Laidoner,_Johan, lk 137
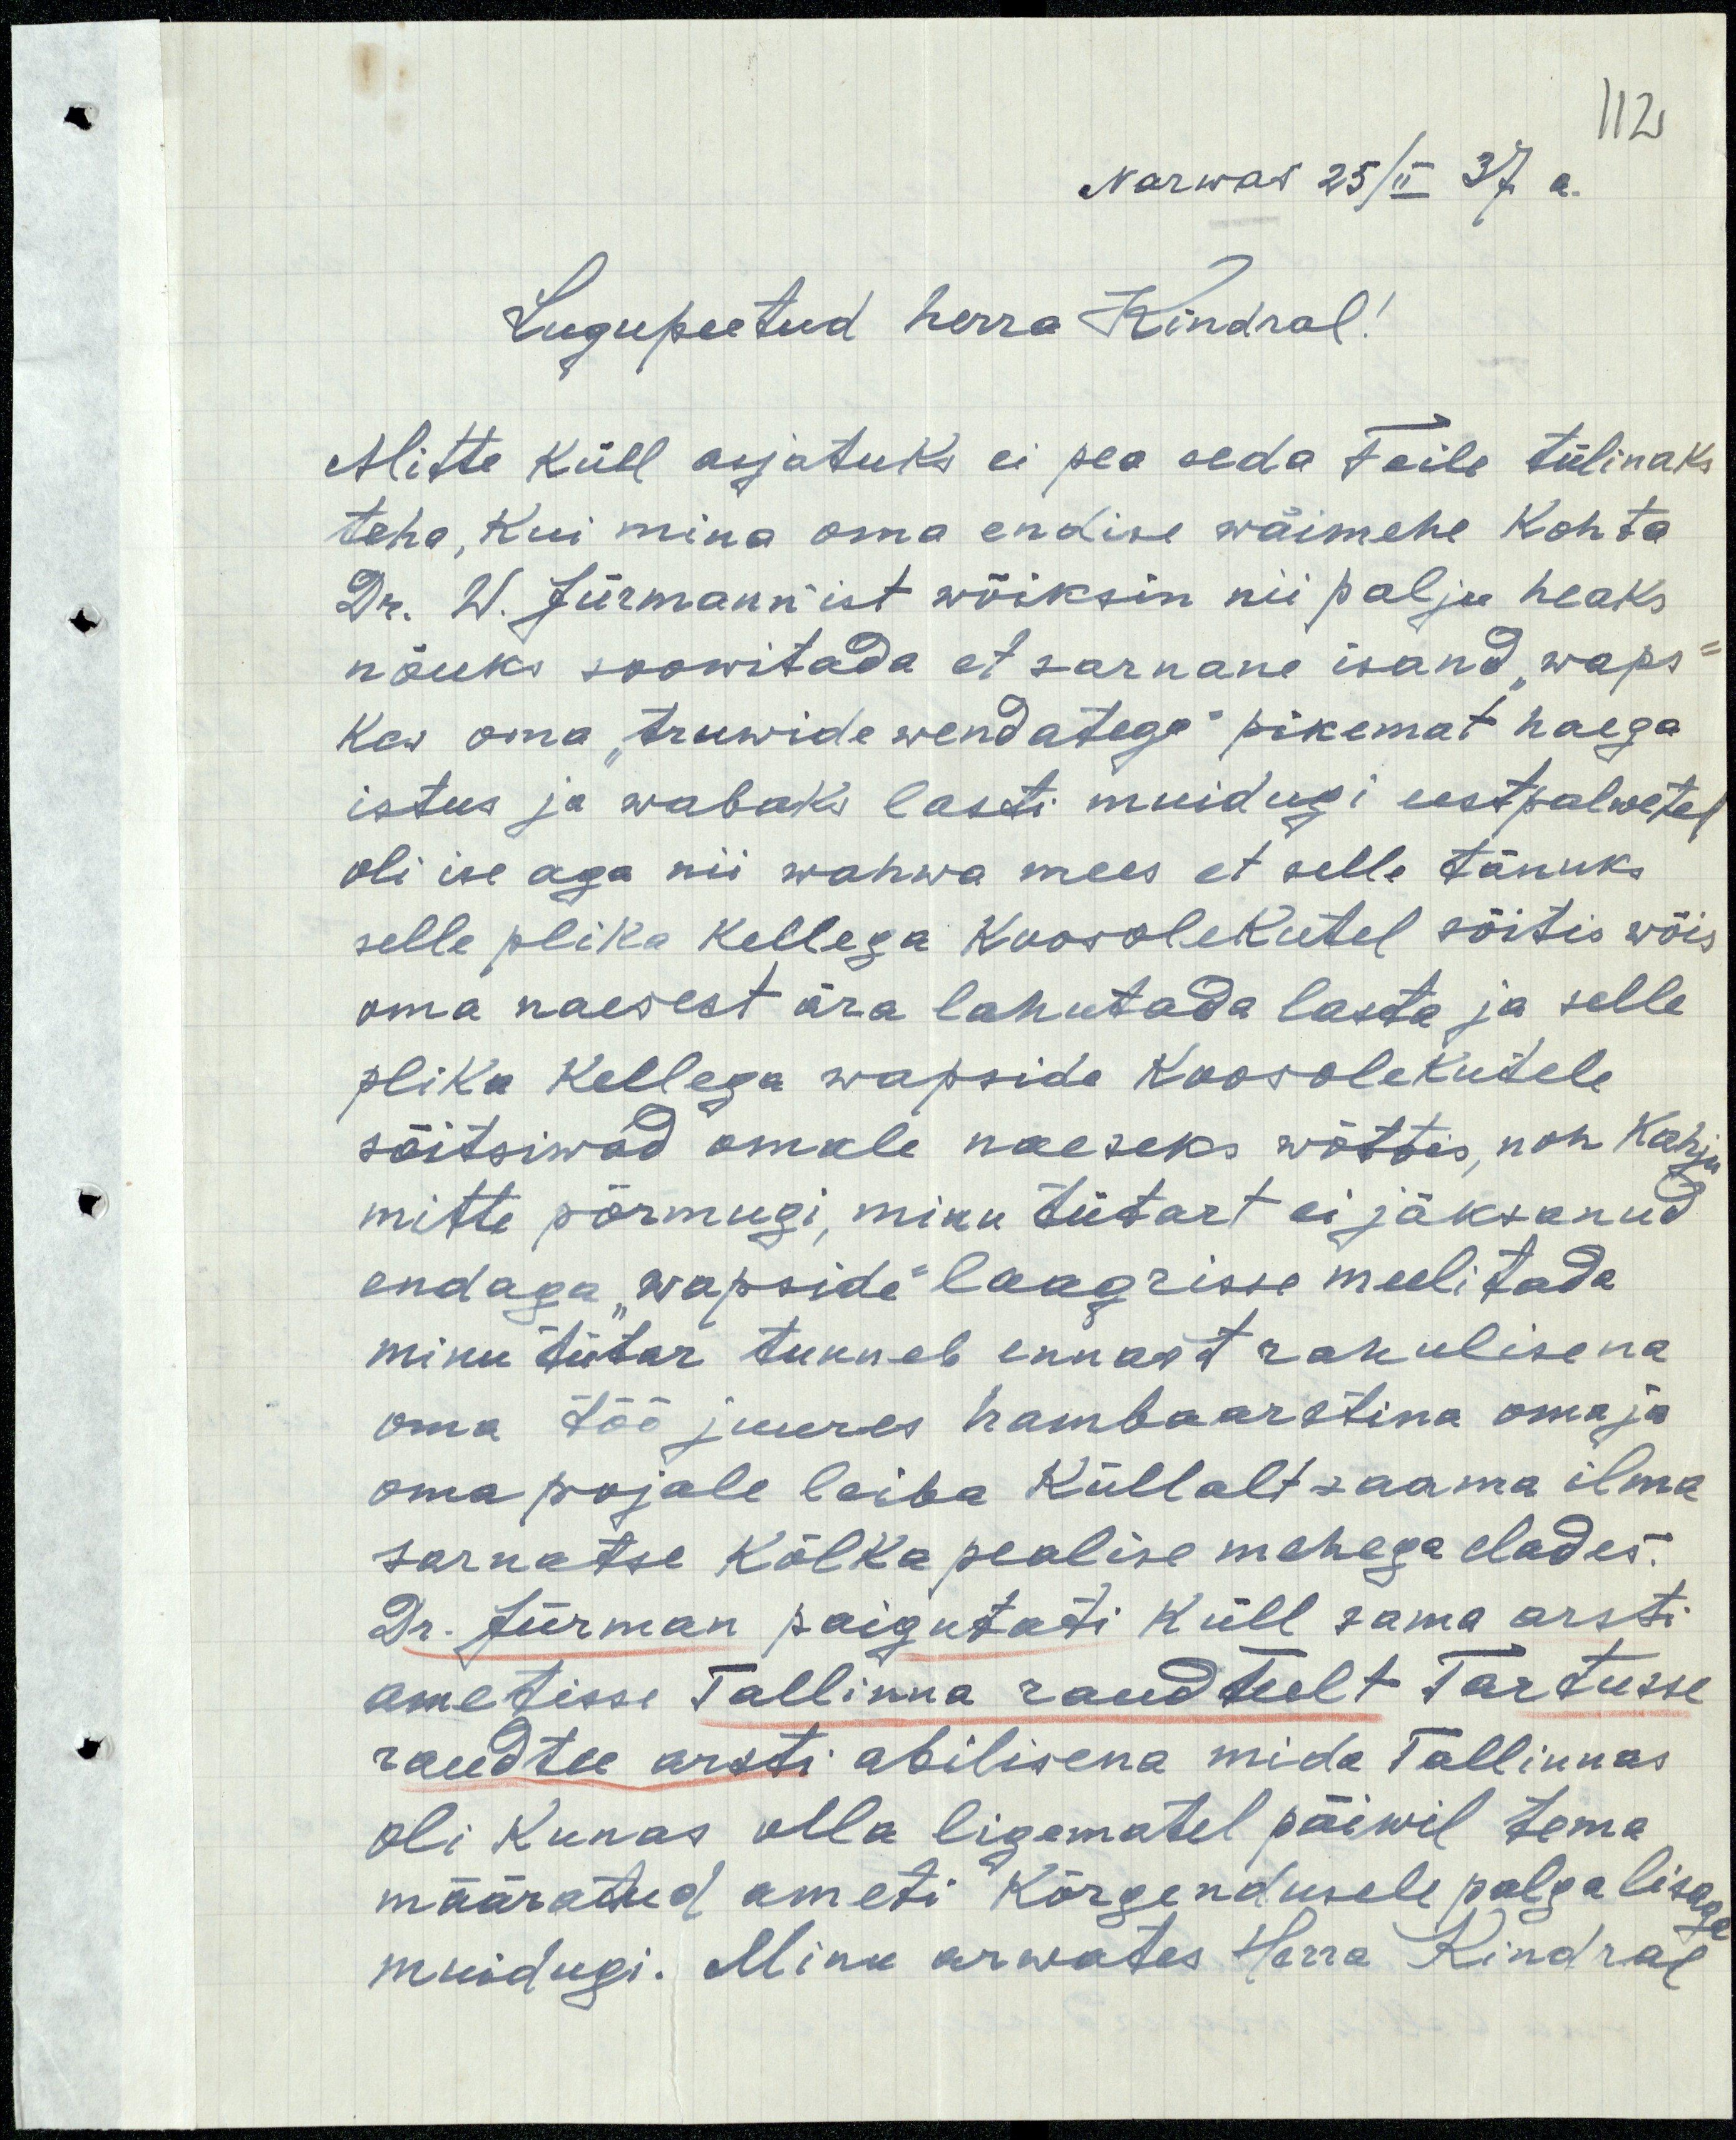
112
Narwas 25/II 37 a.
Lugupeetud herra Kindral!
Mitte küll asjatuks ei pea seda Teile tülinaks
teha, kui mina oma endise wäimehe Kohta
Dr. W. Jürmann`ist wõiksin nii palju heaks
nõuks soowitada et sarnane isand "waps"
Kes oma "truwide wendatega" pikemat haega
istus ja wabaks lasti muidugi eestpalwetel
oli ise aga nii wahwa mees et selle tänuks
selle plika kellega koosolekutel sõitis wõis
oma naesest ära lahutada lasta ja selle
plika kellega wapside koosolekutele
sõitsiwad omale naeseks wõttis, noh Kahju
mitte põrmugi, minu tütart ei jäksanud.
endaga "wapside" laagrisse meelitada.
minu tütar tunneb ennast rahulisena
oma töö juures hambaarstina oma ja
oma pojale leiba Küllalt saama ilma
sarnatse kõlka pealise mehega elades.
Dr. Jürman paigutati Küll sama arsti
ametisse Tallinna raudteelt Tartusse
raudtee arsti abilisena mida Tallinnas
oli kunas olla ligematel päiwil tema
määratud ameti Kõrgendusele palga lisaga
muidugi. Minu arwates Herra Kindral